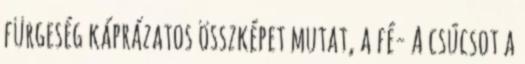
fürgeség káprázatos összképet mutat, a fé- A csúcsot a